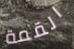
القمة